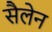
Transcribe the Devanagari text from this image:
सैलेन